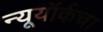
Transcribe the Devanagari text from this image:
न्यूयॉर्कचा